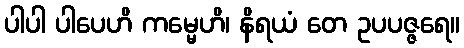
ပါပါ ပါပေဟိ ကမ္မေဟိ၊ နိရယံ တေ ဥပပဇ္ဇရေ။